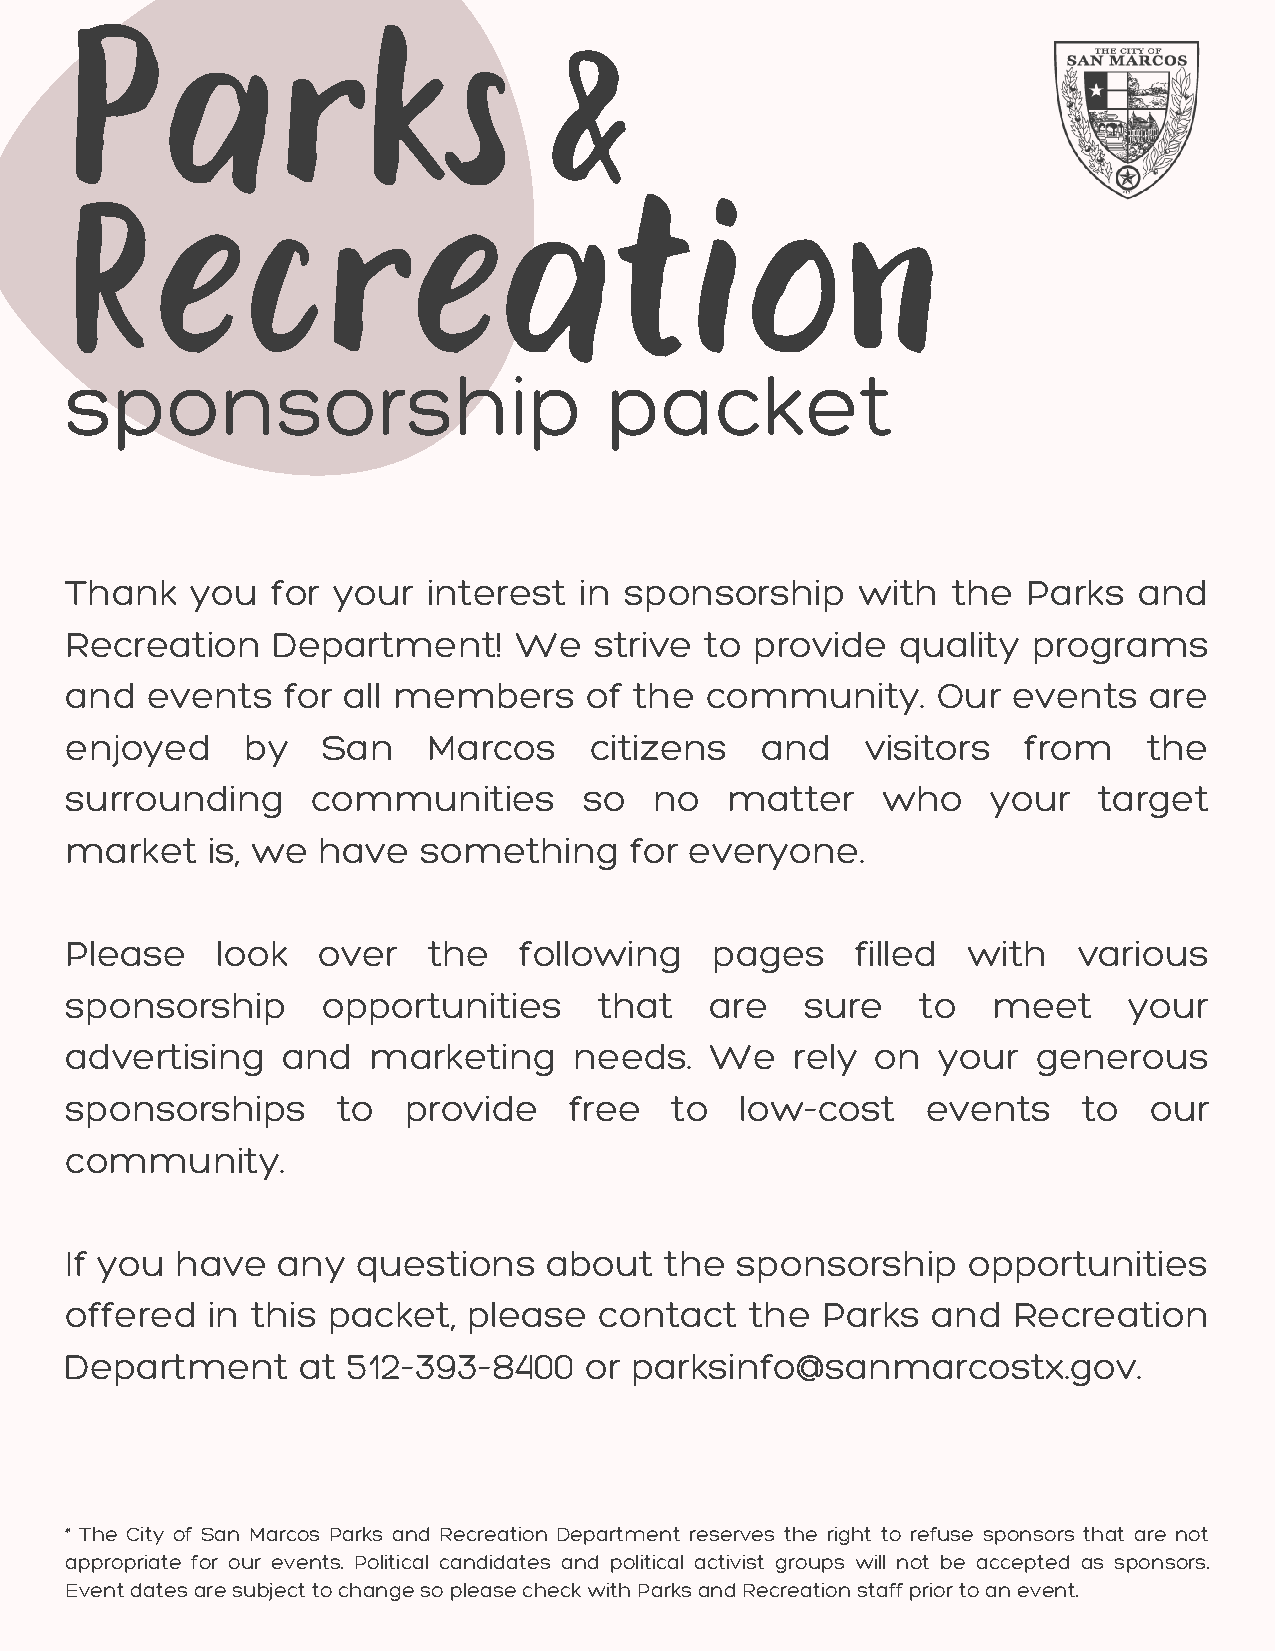
Parks                            &
 Recreation
 sponsorship                         packet
 Thank    you  for your  interest  in sponsorship     with  the  Parks  and
 Recreation    Department!     We   strive  to provide   quality programs
 and   events   for all members     of the  community.     Our  events   are
 enjoyed     by   San    Marcos     citizens   and    visitors   from    the
 surrounding      communities       so  no   matter    who     your   target
 market    is, we have   something     for everyone.
 Please    look   over   the   following    pages     filled with   various
 sponsorship      opportunities      that   are   sure    to   meet     your
 advertising    and  marketing     needs.   We    rely on  your   generous
 sponsorships      to   provide    free  to   low-cost    events     to  our
 community.
 If you  have  any   questions   about   the  sponsorship    opportunities
 offered   in this packet,  please   contact   the Parks   and  Recreation
 Department      at 512-393-8400    or parksinfo@sanmarcostx.gov.
 * The City of San Marcos Parks and Recreation Department reserves the right to refuse sponsors that are not
 appropriate for our events. Political candidates and political activist groups will not be accepted as sponsors.
 Event dates are subject to change so please check with Parks and Recreation staff prior to an event.